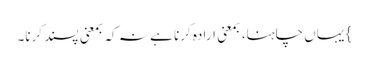
} یہاں چاہنا، بمعنی ارادہ کرنا ہے نہ کہ بمعنی پسند کرنا۔